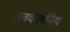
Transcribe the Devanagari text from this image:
अवकलनिय